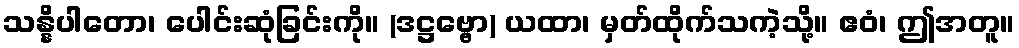
သန္နိပါတော၊ ပေါင်းဆုံခြင်းကို။ (ဒဋ္ဌဗ္ဗော) ယထာ၊ မှတ်ထိုက်သကဲ့သို့။ ဧဝံ၊ ဤအတူ။